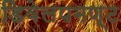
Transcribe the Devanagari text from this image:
डिवेलपमण्ट